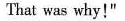
That was why!"